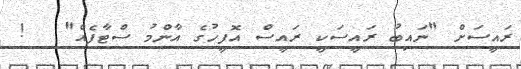
ރައީސަށް "ނައިބު ރައީސަކީ ރައީސް އޮފީހުގެ އާންމު ސްޓާފެއް"   !